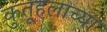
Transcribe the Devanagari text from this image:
कुतूहलाच्या